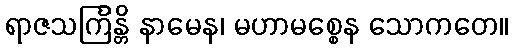
ရာဇသင်္ကြန္တိ နာမေန၊ မဟာမစ္စေန သောကတေ။